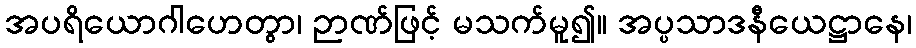
အပရိယောဂါဟေတွာ၊ ဉာဏ်ဖြင့် မသက်မူ၍။ အပ္ပသာဒနီယေဋ္ဌာနေ၊